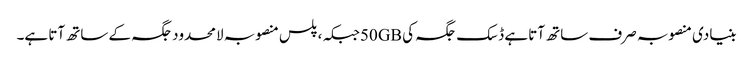
بنیادی منصوبہ صرف ساتھ آتا ہے ڈسک جگہ کی 50GBجبکہ ، پلس منصوبہ لامحدود جگہ کے ساتھ آتا ہے۔